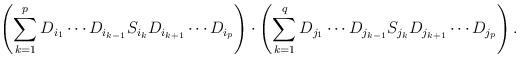
LaTeX: \begin{align*}\left(\sum\limits_{k = 1}^{p} D_{i_1}\cdots D_{i_{k-1}}S_{i_k}D_{i_{k + 1}}\cdots D_{i_p} \right)\cdot\left(\sum\limits_{k = 1}^{q} D_{j_1}\cdots D_{j_{k-1}}S_{j_k}D_{j_{k + 1}}\cdots D_{j_p} \right).\end{align*}